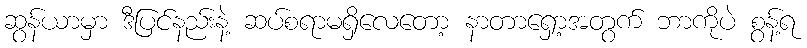
ဆွန်ယာမှာ ဒီပြင်နည်းနဲ့ ဆပ်စရာမရှိလေတော့ နာတာရှော့အတွက် ဘာကိုပဲ စွန့်ရ